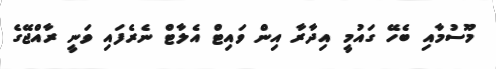
މޫސުމާއި ބެހޭ ގައުމީ އިދާރާ އިން ވައިޓް އެލާޓް ނެރެފައި ވަނީ ރާއްޖޭގެ